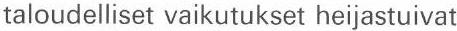
taloudelliset vaikutukset heijastuivat